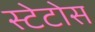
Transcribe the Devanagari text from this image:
स्टेटोस